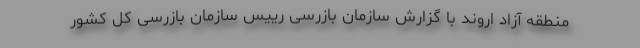
منطقه آزاد اروند با گزارش سازمان بازرسی رییس سازمان بازرسی کل کشور